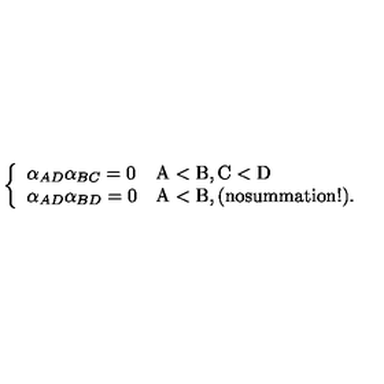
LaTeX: \left\{ \begin{array} { l l } { \alpha _ { A D } \alpha _ { B C } = 0 } & { \mathrm { A < B , C < D } } \\ { \alpha _ { A D } \alpha _ { B D } = 0 } & { \mathrm { A < B , ( n o s u m m a t i o n ! ) . } } \\ \end{array} \right.